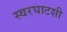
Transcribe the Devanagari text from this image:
स्वरघाटशी